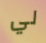
لي